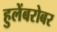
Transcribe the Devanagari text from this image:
हुलेंबरोबर